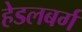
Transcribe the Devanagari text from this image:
हेडलबर्ग